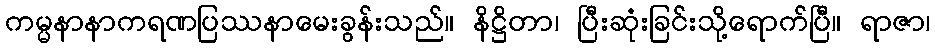
ကမ္မနာနာကရဏပြဿနာမေးခွန်းသည်။ နိဋ္ဌိတာ၊ ပြီးဆုံးခြင်းသို့ရောက်ပြီ။ ရာဇာ၊